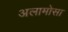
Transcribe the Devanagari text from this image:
अलामोसा